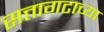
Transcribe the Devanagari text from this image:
सत्तागटाच्या